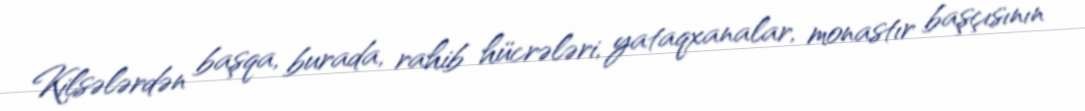
Kilsələrdən başqa, burada, rahib hücrələri, yataqxanalar, monastır başçısının